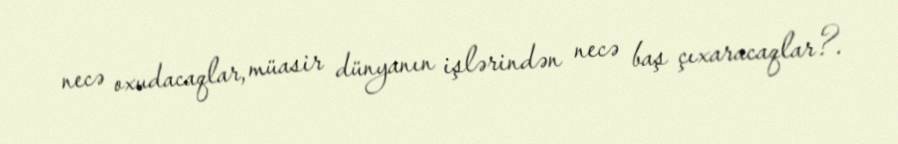
necə oxudacaqlar, müasir dünyanın işlərindən necə baş çıxaracaqlar?.